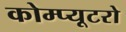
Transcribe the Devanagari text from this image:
कोम्प्यूटरो